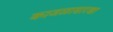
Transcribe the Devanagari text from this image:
काजळासारखा